Mental hospitals Bombay report 1921-28 - 1921-1928
Year: 1921
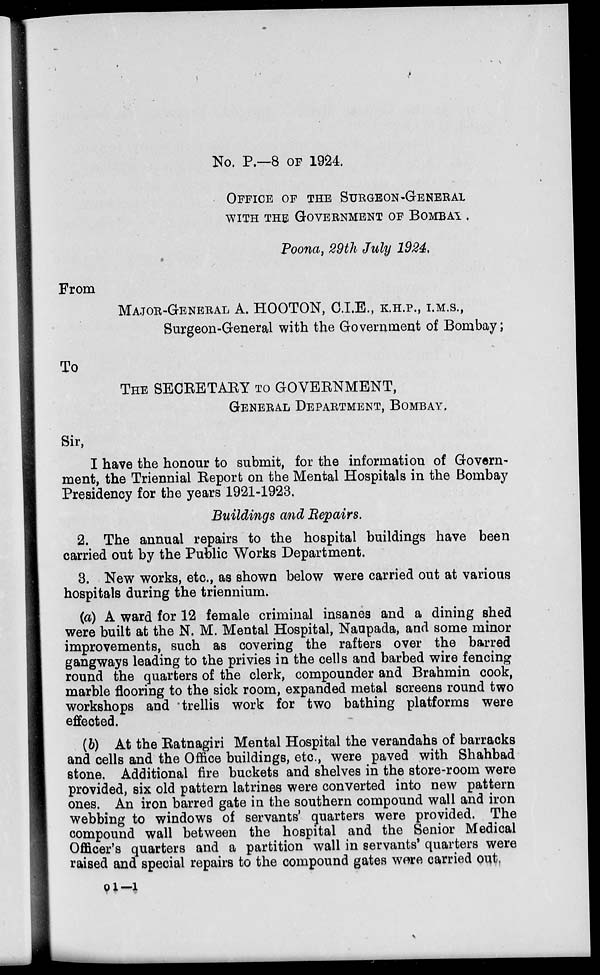
No. P.—8 OF 1924.
OFFICE OF THE SURGEON-GENERAL
WITH THE GOVERNMENT OF BOMBAY.
Poona, 29th July 1924.
From
MAJOR-GENERAL A. HOOTON, C.I.E., K.H.P., I.M.S.,
Surgeon-General with the Government of Bombay;
To
THE SECRETARY TO GOVERNMENT,
GENERAL DEPARTMENT, BOMBAY.
Sir,
I have the honour to submit, for the information of Govern-
ment, the Triennial Report on the Mental Hospitals in the Bombay
Presidency for the years 1921-1923.
Buildings and Repairs.
2. The annual repairs to the hospital buildings have been
carried out by the Public Works Department.
3. New works, etc., as shown below were carried out at various
hospitals during the triennium.
(a) A ward for 12 female criminal insanes and a dining shed
were built at the N. M. Mental Hospital, Naupada, and some minor
improvements, such as covering the rafters over the barred
gangways leading to the privies in the cells and barbed wire fencing
round the quarters of the clerk, compounder and Brahmin cook,
marble flooring to the sick room, expanded metal screens round two
workshops and trellis work for two bathing platforms were
effected.
(b) At the Ratnagiri Mental Hospital the verandahs of barracks
and cells and the Office buildings, etc., were paved with Shahbad
stone. Additional fire buckets and shelves in the store-room were
provided, six old pattern latrines were converted into new pattern
ones. An iron barred gate in the southern compound wall and iron
webbing to windows of servants' quarters were provided. The
compound wall between the hospital and the Senior Medical
Officer's quarters and a partition wall in servants' quarters were
raised and special repairs to the compound gates were carried out.
o 1—1